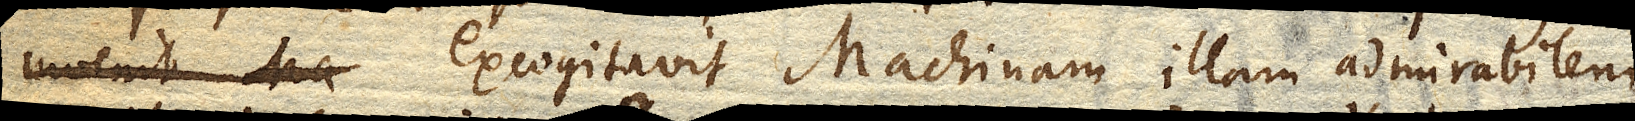
invenit Ma excogitavit Machinam illam admirabilem